Civil Veterinary Department Bengal reports 1933-51 - 1933-1951
Year: 1933
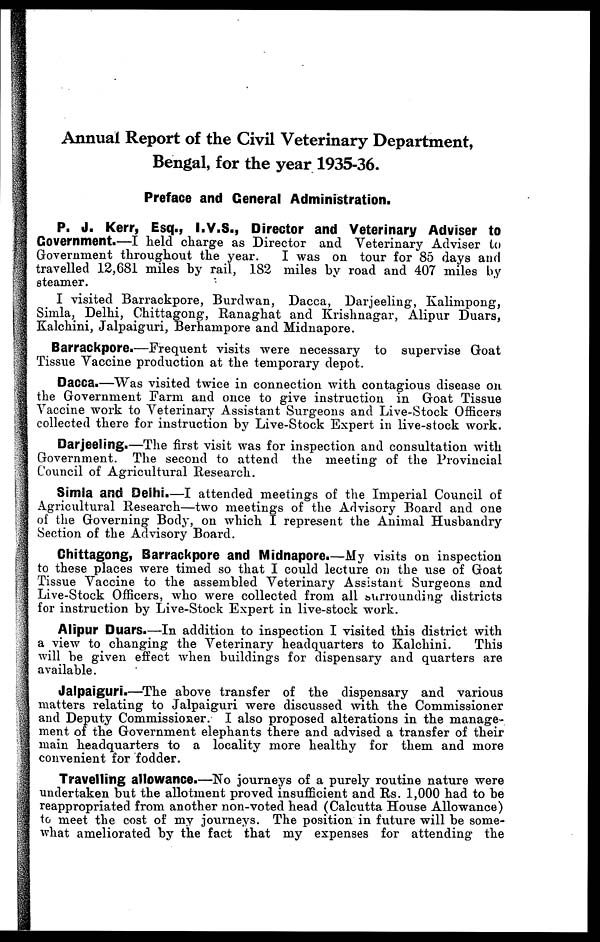
Annual Report of the Civil Veterinary Department,
Bengal, for the year 1935-36.
Preface and Genera! Administration.
P. J. Kerr, Esq., I.V.S., Director and Veterinary Adviser to
Government.—I held charge as Director and Veterinary Adviser to
Government throughout the year.
I was on tour for 85 days and
travelled 12,681 miles by rail, 182 miles by road and 407 miles by
steamer.
I visited Barrackpore, Burdwan, Dacca, Darjeeling, Kalimpong,
Simla, Delhi, Chittagong, Ranaghat and Krishnagar, Alipur Duars,
Kalchini, Jalpaiguri, Berhampore and Midnapore.
Barrackpore.—Frequent visits were necessary to supervise Goat
Tissue Vaccine production at the temporary depot.
Dacca.—Was visited twice in connection with contagious disease on
the Government Farm and once to give instruction in Goat Tissue
Vaccine work to Veterinary Assistant Surgeons and Live-Stock Officers
collected there for instruction by Live-Stock Expert in live-stock work.
Darjeeling.—The first visit was for inspection and consultation with
Government. The second to attend the meeting of the Provincial
Council of Agricultural Research.
Simla and Delhi.—I attended meetings of the Imperial Council of
Agricultural Research—two meetings of the Advisory Board and one
of the Governing Body, on which I represent the Animal Husbandry
Section of the Advisory Board.
Chittagong, Barrackpore and Midnapore.—My visits on inspection
to these places were timed so that I could lecture on the use of Goat
Tissue Vaccine to the assembled Veterinary Assistant Surgeons and
Live-Stock Officers, who were collected from all surrounding districts
for instruction by Live-Stock Expert in live-stock work.
Alipur Duars.—In addition to inspection I visited this district with
a view to changing the Veterinary headquarters to Kalchini.
This
will be given effect when buildings for dispensary and quarters are
available.
Jalpaiguri.—The above transfer of the dispensary and various
matters relating to Jalpaiguri were discussed with the Commissioner
and Deputy Commissioner. I also proposed alterations in the manage-
ment of the Government elephants there and advised a transfer of their
main headquarters to a locality more healthy for them and more
convenient for fodder.
Travelling allowance.—No journeys of a purely routine nature were
undertaken but the allotment proved insufficient and Rs. 1,000 had to be
reappropriated from another non-voted head (Calcutta House Allowance)
to meet the cost of my journeys. The position in future will be some-
what ameliorated by the fact that my expenses for attending the